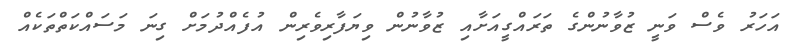
އަހަރު ވެސް ވަނީ ޒުވާނުންގެ ތަރައްގީއަށާއި ޒުވާނުން ވިޔަފާރިވެރިން އުފެއްދުމަށް ގިނަ މަސައްކަތްތަކެއް